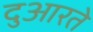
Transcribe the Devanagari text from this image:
दुआरते